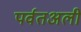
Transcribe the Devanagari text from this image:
पर्वतअली